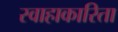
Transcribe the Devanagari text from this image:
स्वाहाकारिता